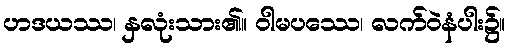
ဟဒယဿ၊ နှလုံးသား၏။ ဝါမပဿေ၊ လက်ဝဲနံပါး၌။